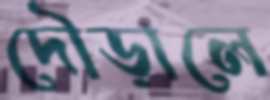
দৌড়ালে